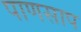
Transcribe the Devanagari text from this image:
पाणसाप